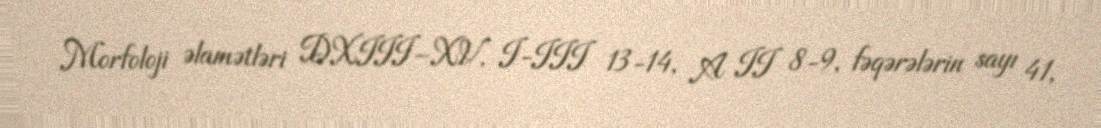
Morfoloji əlamətləri DXIII–XV, I-III 13-14, A II 8-9, fəqərələrin sayı 41,